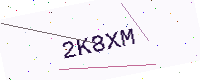
Text: 2K8XM